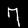
Digit: 7